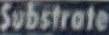
Substrate